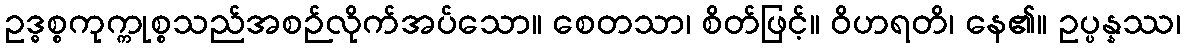
ဥဒ္ဓစ္စကုက္ကုစ္စသည်အစဉ်လိုက်အပ်သော။ စေတသာ၊ စိတ်ဖြင့်။ ဝိဟရတိ၊ နေ၏။ ဥပ္ပန္နဿ၊